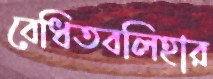
বেধিতবলিহার